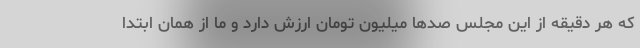
که هر دقیقه از این مجلس صدها میلیون تومان ارزش دارد و ما از همان ابتدا